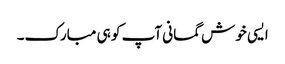
ایسی خوش گمانی آپ کو ہی مبارک۔